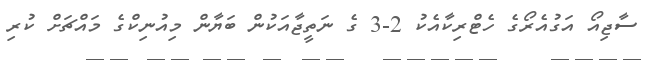
ސާޖިއޯ އަގުއެރޯގެ ހެޓްރިކާއެކު 2-3 ގެ ނަތީޖާއަކުން ބަޔާން މިއުނިކްގެ މައްޗަށް ކުރި